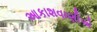
આકાશવાણીએ